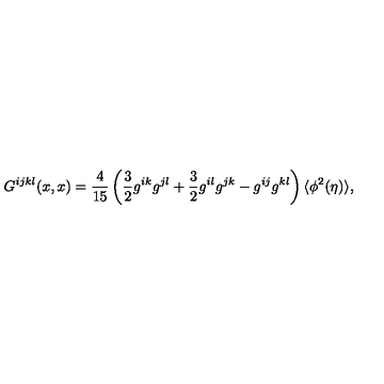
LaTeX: G ^ { i j k l } ( x , x ) = \frac { 4 } { 1 5 } \left( \frac { 3 } { 2 } g ^ { i k } g ^ { j l } + \frac { 3 } { 2 } g ^ { i l } g ^ { j k } - g ^ { i j } g ^ { k l } \right) \langle \phi ^ { 2 } ( \eta ) \rangle ,